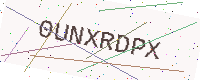
Text: 0UNXRDPX